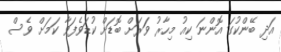
އަދި ބޭންކުގަ އޮންނަ ކިއު މިހާރު ވަަރަށް ބޮޑަށް ކުޑަވެފަވާ ކަމަށް ވެސް